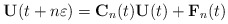
\begin{align*}\mathbf{U}(t+n\varepsilon)=\mathbf{C}_n(t)\mathbf{U}(t)+\mathbf{F}_n(t)\end{align*}